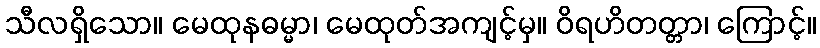
သီလရှိသော။ မေထုနဓမ္မာ၊ မေထုတ်အကျင့်မှ။ ဝိရဟိတတ္တာ၊ ကြောင့်။